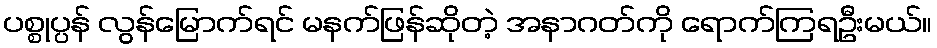
ပစ္စုပ္ပန် လွန်မြောက်ရင် မနက်ဖြန်ဆိုတဲ့ အနာဂတ်ကို ရောက်ကြရဦးမယ်။